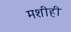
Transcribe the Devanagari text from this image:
मशीही